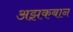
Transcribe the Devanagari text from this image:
अझकबान